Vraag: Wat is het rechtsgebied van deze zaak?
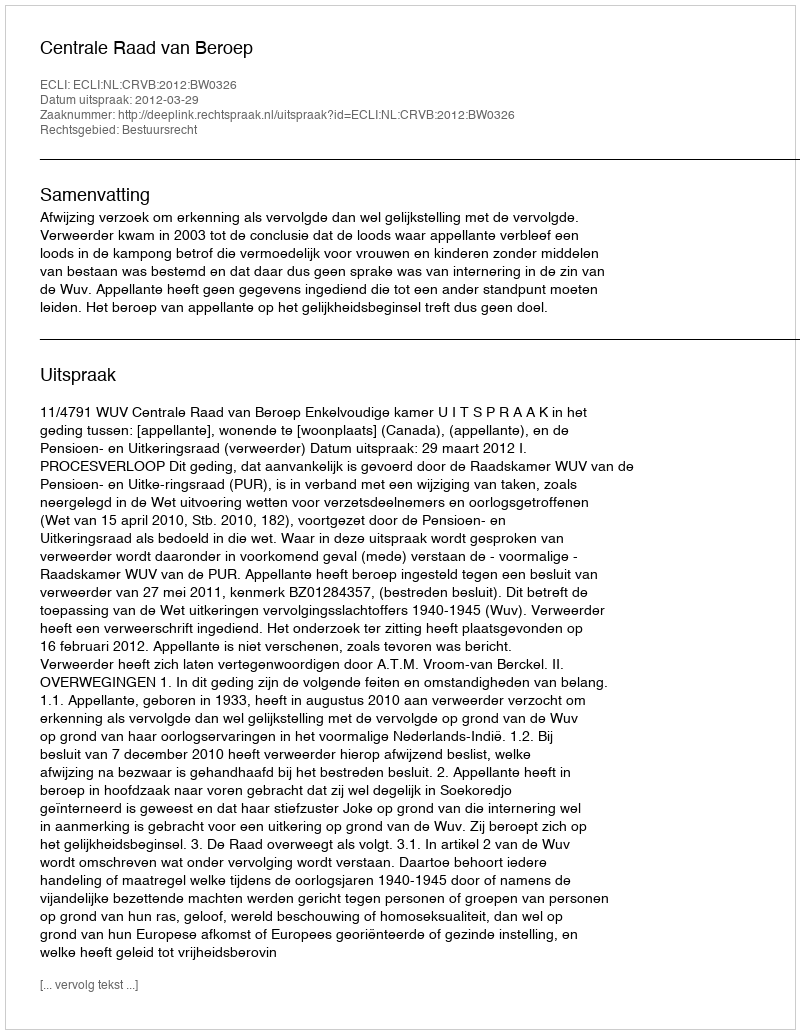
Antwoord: Bestuursrecht